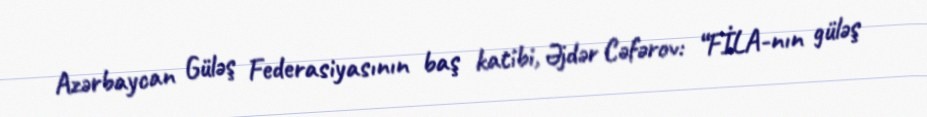
Azərbaycan Güləş Federasiyasının baş katibi, Əjdər Cəfərov: “FİLA-nın güləş